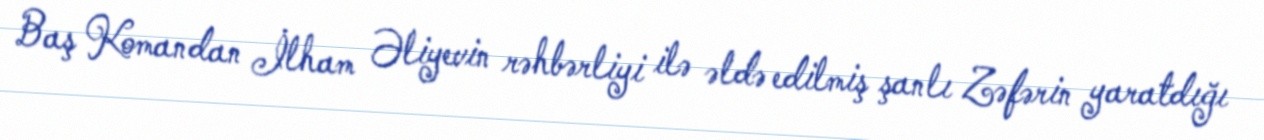
Baş Komandan İlham Əliyevin rəhbərliyi ilə əldə edilmiş şanlı Zəfərin yaratdığı